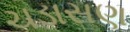
ચડાસણ